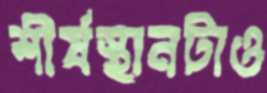
শীর্ষস্থানটাও